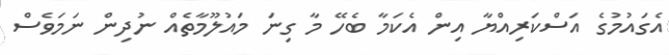
އެގައުމުގެ އަސްކަރިއްޔާ އިން އެކަމާ ބެހޭ މާ ގިނަ މައުލޫމާތެއް ނުދިން ނަމަވެސް